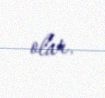
olar.